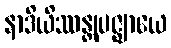
နာဒိယိဿန္တုပဇ္ဈာယေ